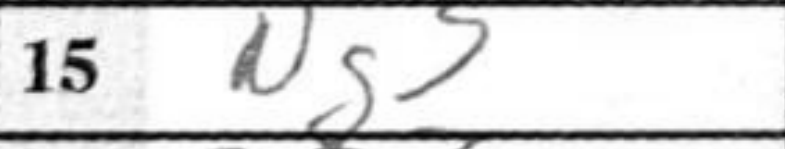
Transcription: Ng3